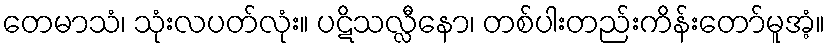
တေမာသံ၊ သုံးလပတ်လုံး။ ပဋိသလ္လီနော၊ တစ်ပါးတည်းကိန်းတော်မူအံ့။